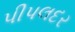
પીપલદર